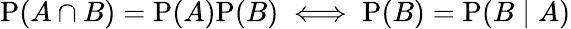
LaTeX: \mathrm{P}(A\cap B)=\mathrm{P}(A)\mathrm{P}(B)\iff\mathrm{P}(B)=\mathrm{P}(B\mid A)